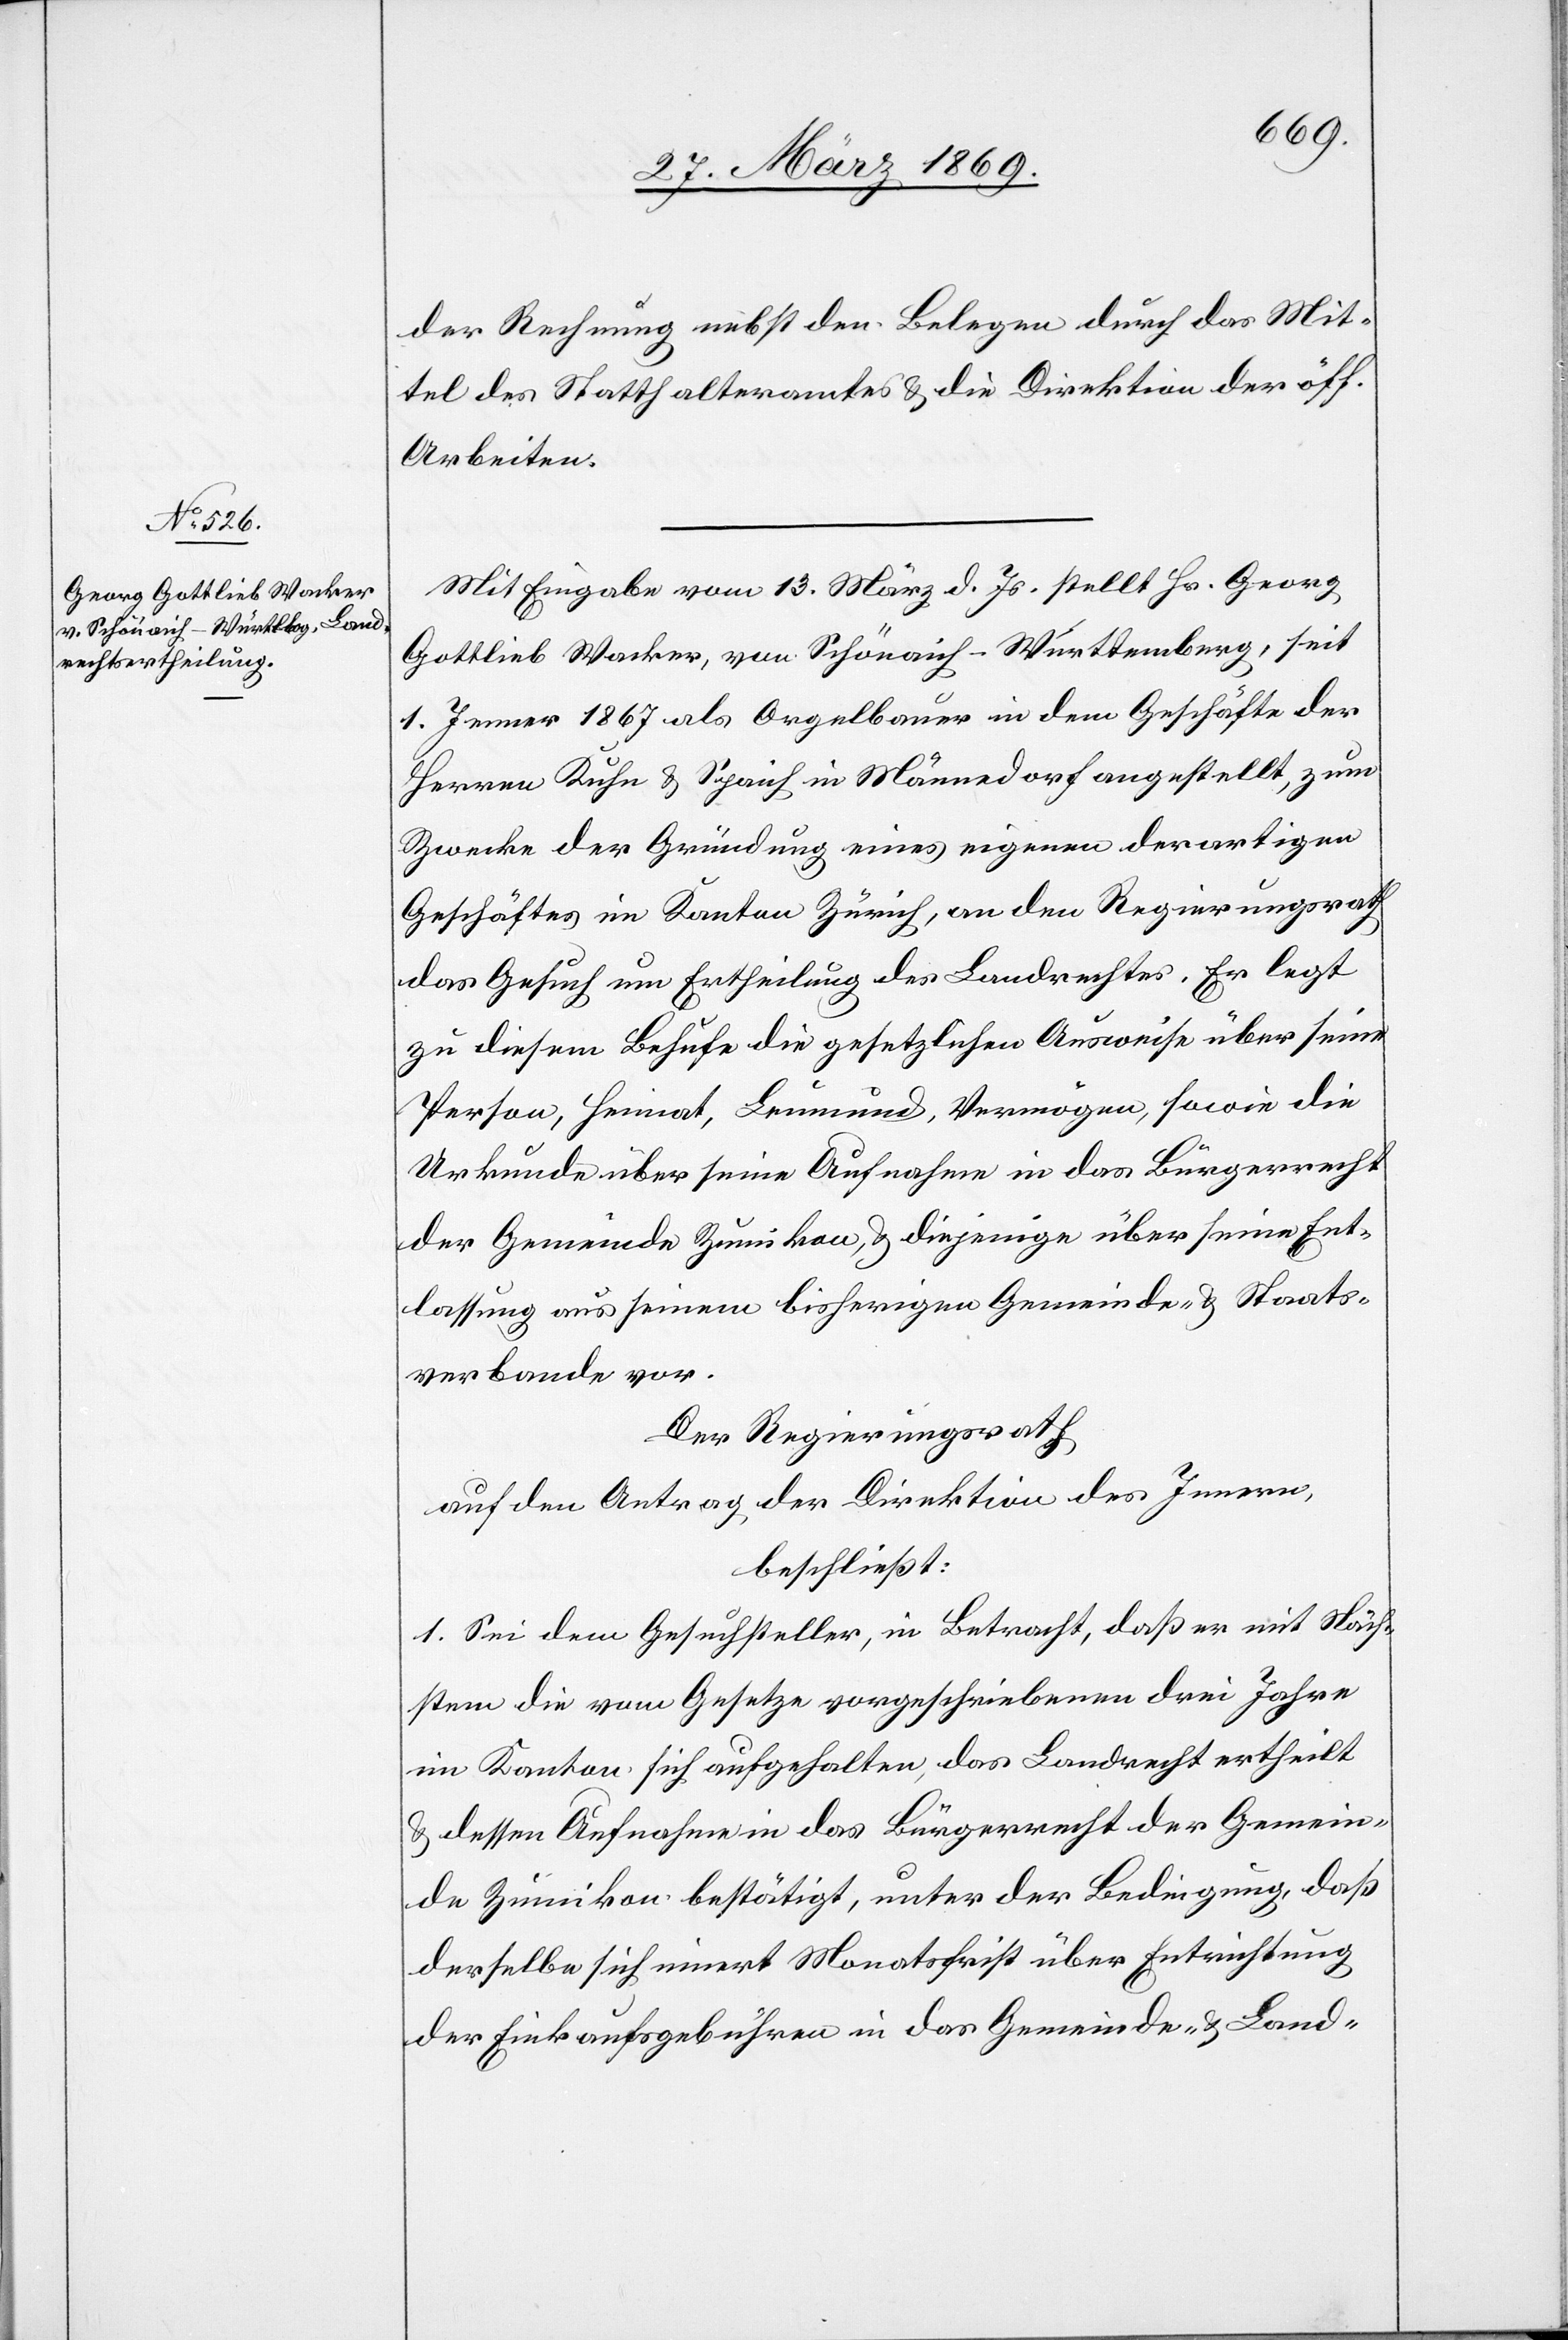
der Rechnung nebst den Belegen durch das Mit¬
tel des Statthalteramtes u. die Direktion der öff.
Arbeiten.
Mit Eingabe vom 13. März d. Js. stellt Hs. Georg
Gottlieb Wacker, von Schöneich–Württemberg, seit
1. Jenner 1867 als Orgelbauer in dem Geschäfte der
Herren Kuhn u. Spaich in Männedorf angestellt, zum
Zwecke der Gründung eines eigenen derartigen
Geschäftes im Kanton Zürich, an den Regierungsrath
das Gesuch um Ertheilung des Landrechtes. Er legt
zu diesem Behufe die gesetzlichen Ausweise über seine
Person, Heimat, Leumund, Vermögen, sowie die
Urkunde über seine Aufnahme in das Bürgerrecht
der Gemeinde Zumikon, u. diejenige über seine Ent¬
lassung aus seinem bisherigen Gemeinde- u. Staats¬
verbande vor.
Der Regierungsrath
auf den Antrag der Direktion des Innern,
beschließt:
1. Sei dem Gesuchsteller, in Betracht, daß er mit Näch¬
stem die vom Gesetze vorgeschriebenen drei Jahre
im Kanton sich aufgehalten, das Landrecht ertheilt
u. dessen Aufnahme in das Bürgerrecht der Gemein¬
de Zumikon bestätigt, unter der Bedingung, daß
derselbe sich innert Monatsfrist über Entrichtung
der Einkaufsgebühren in das Gemeinde- u. Land-